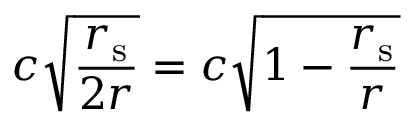
c { \sqrt { \frac { r _ { \mathrm { { s } } } } { 2 r } } } = c { \sqrt { 1 - { \frac { r _ { \mathrm { { s } } } } { r } } } }